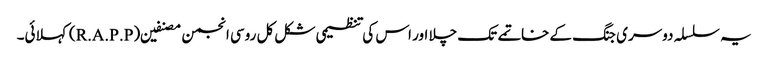
یہ سلسلہ دوسری جنگ کے خاتمے تک چلا اور اس کی تنظیمی شکل کل روسی انجمن مصنفین (R.A.P.P) کہلائی۔